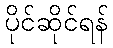
ပိုင်ဆိုင်ရန်